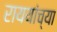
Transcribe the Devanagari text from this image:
राययांच्या